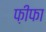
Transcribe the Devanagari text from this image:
फ़ीफा